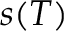
s ( T )